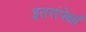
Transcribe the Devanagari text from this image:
इतरांपेक्षां